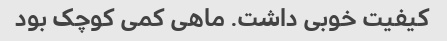
کیفیت خوبی داشت. ماهی کمی کوچک بود